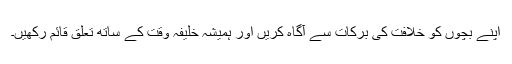
اپنے بچوں کو خلافت کی برکات سے آگاہ کریں اور ہمیشہ خلیفہ وقت کے ساتھ تعلق قائم رکھیں۔